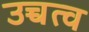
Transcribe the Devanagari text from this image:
उच्चत्व